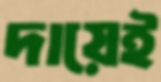
দায়েই